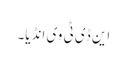
این ڈی ٹی وی انڈیا۔